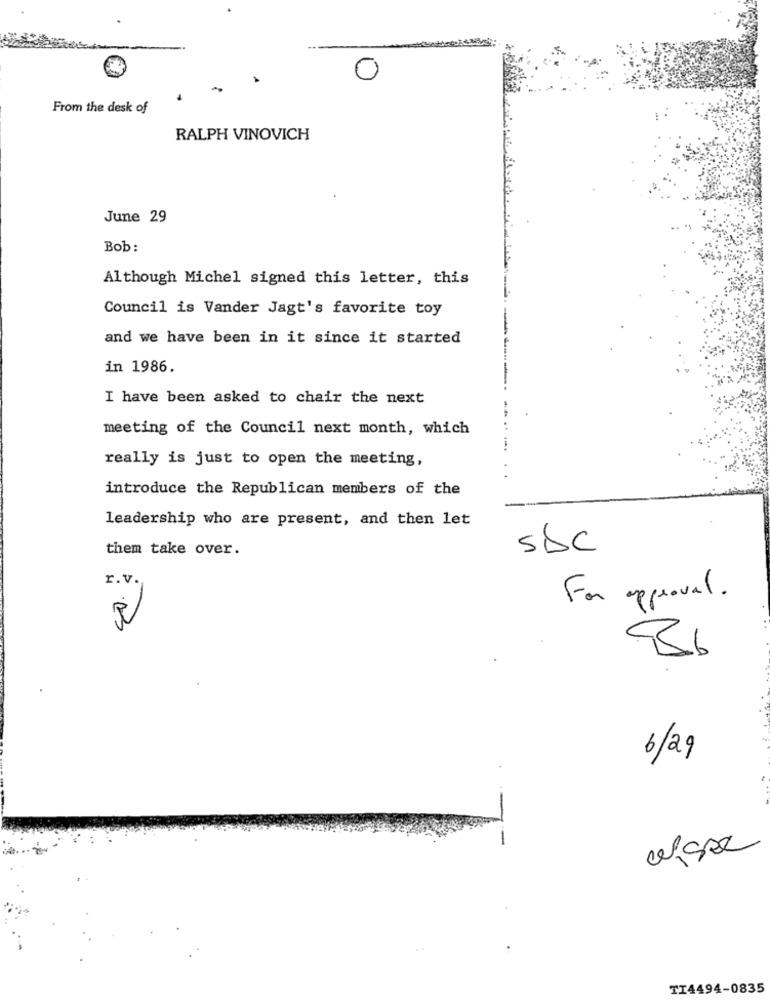
0
From the desk of
RALPH VINOVICH
June 29
Bob:
Although Michel signed this letter, this
Council is Vander Jagt's favorite toy
and we have been in it since it started
in 1986.
I have been asked to chair the next
meeting of the Council next month, which
really is just to open the meeting,
introduce the Republican members of the
leadership who are present, and then let
them take over.
SAC
r.v.
For approval.
86
6/29
--
afser
TI4494-0835